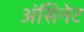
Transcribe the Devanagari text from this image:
अंसिनेट